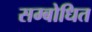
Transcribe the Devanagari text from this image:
सम्‍बोधित